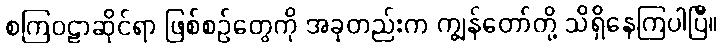
စကြဝဠာဆိုင်ရာ ဖြစ်စဉ်တွေကို အခုတည်းက ကျွန်တော်တို့ သိရှိနေကြပါပြီ။